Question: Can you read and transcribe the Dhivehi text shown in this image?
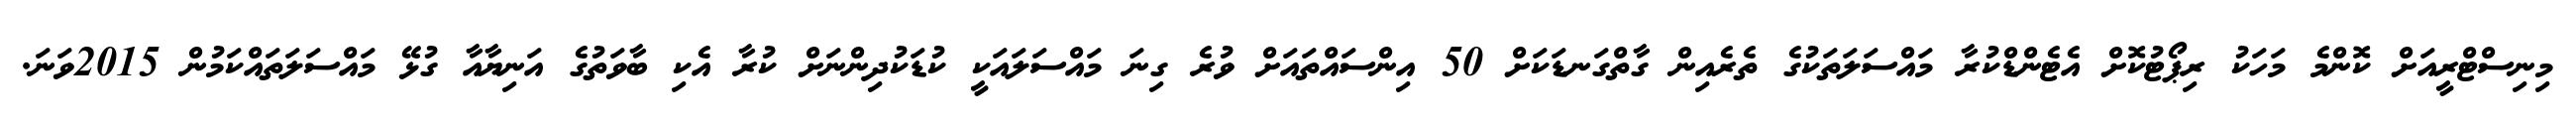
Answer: މިނިސްޓްރީއަށް ކޮންމެ މަހަކު ރިޕޯޓުކޮށް އެޓެންޑްކުރާ މައްސަލަތަކުގެ ތެރެއިން ގާތްގަނޑަކަށް 50 އިންސައްތައަށް ވުރެ ގިނަ މައްސަލައަކީ ކުޑަކުދިންނަށް ކުރާ އެކި ބާވަތުގެ އަނިޔާއާ ގުޅޭ މައްސަލަތައްކަމުން 2015ވަނަ.